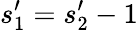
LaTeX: s_{1}^{\prime}=s_{2}^{\prime}-1